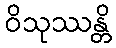
ဝိသုဿန္တိ